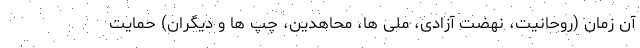
آن زمان (‌روحانیت، نهضت آزادی، ملی ها، محاهدین، چپ ها و دیگران) حمایت